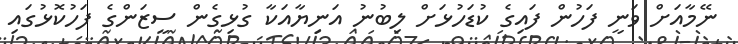
ނޭމާއަށް ވަނީ ފަހުން ފައިގެ ކުޑަހުޅަށް ލިބުނު އަނިޔާއަކާ ގުޅިގެން ސީޒަންގެ ފަހުކޮޅުގައި